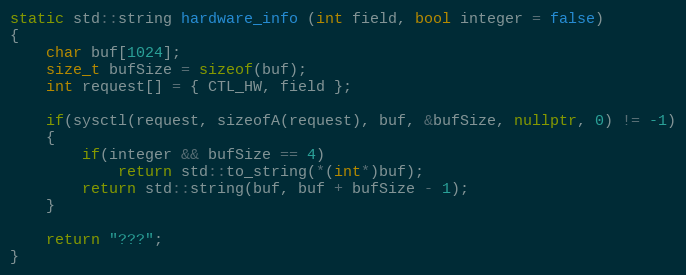
Language: C++
static std::string hardware_info (int field, bool integer = false)
{
	char buf[1024];
	size_t bufSize = sizeof(buf);
	int request[] = { CTL_HW, field };

	if(sysctl(request, sizeofA(request), buf, &bufSize, nullptr, 0) != -1)
	{
		if(integer && bufSize == 4)
			return std::to_string(*(int*)buf);
		return std::string(buf, buf + bufSize - 1);
	}

	return "???";
}